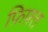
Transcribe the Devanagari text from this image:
फ़िफ़्त